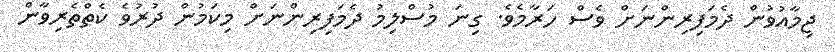
ޖިމާއުވުން ދެމަފިރިންނަށް ވެސް ހަރާމެވެ. ގިނަ މުސްލިމު ދެމަފިރިންނަށް މިކަމުން ދުރުވެ ކެތްތެރިވާން